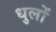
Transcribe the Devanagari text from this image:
धुलों